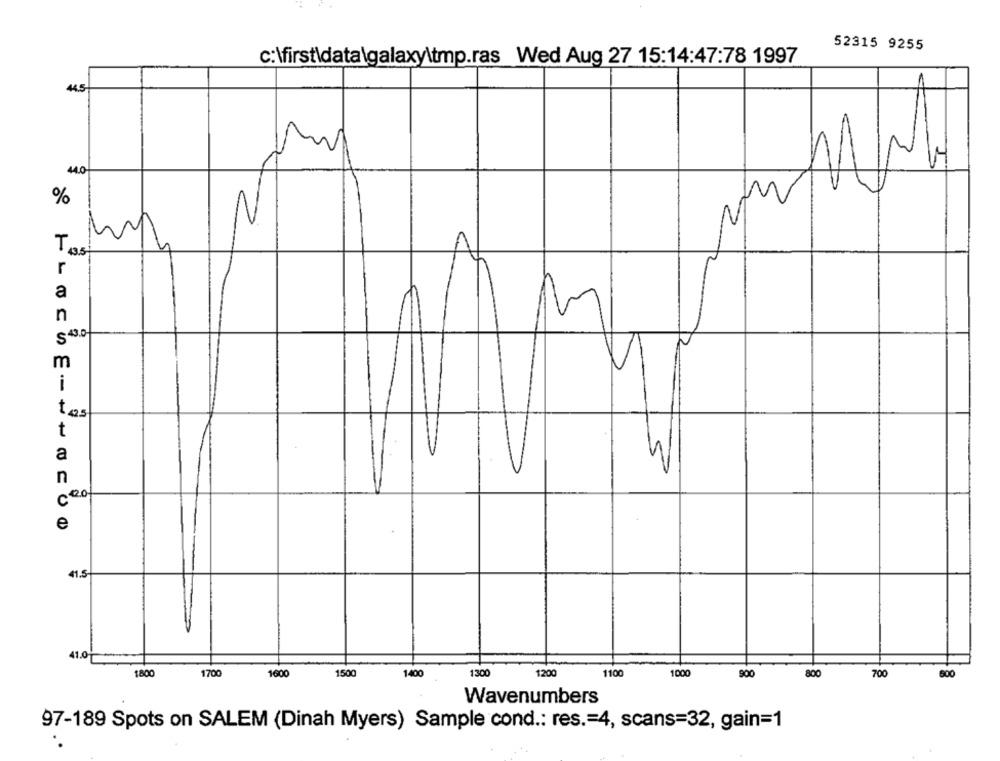
52315 9255
c:\first\data\galaxy\tmp.ras Wed Aug 27 15:14:47:78 1997
44.5
44.0
%
r
a
n
m
i
tos
t
a
3
n
ceof
e
41.5
41.0
1800
1700
1600
1500
1400
1300
1200
1100
1000
900
800
700
600
Wavenumbers
97-189 Spots on SALEM (Dinah Myers) Sample cond .: res .= 4, scans=32, gain=1